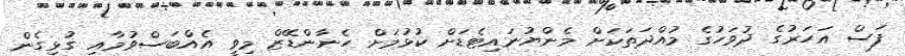
ފަސް އަހަރުގެ ދުވަހުގެ މުއްދަތަކަށް މެންޔުނައިޓެޑަށް ކުޅުމަށް ހެނާންޑޭޒް މިވީ އެއްބަސްވުމާއި ގުޅިގެން